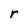
Character: r